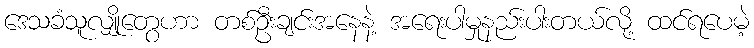
ဒေသခံသူလျှိုတွေဟာ တစ်ဦးချင်းအနေနဲ့ အရေးပါမှုနည်းပါးတယ်လို့ ထင်ရပေမဲ့